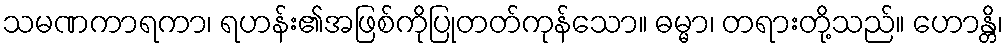
သမဏကာရကာ၊ ရဟန်း၏အဖြစ်ကိုပြုတတ်ကုန်သော။ ဓမ္မာ၊ တရားတို့သည်။ ဟောန္တိ၊